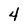
Character: 4